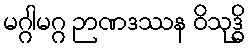
မဂ္ဂါမဂ္ဂ ဉာဏဒဿန ဝိသုဒ္ဓိ